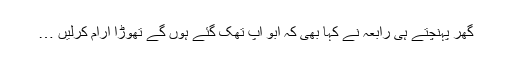
گھر پہنچتے ہی رابعہ نے کہا بھی کہ ابو آپ تھک گئے ہوں گے تھوڑا آرام کرلیں …